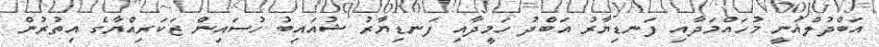
އަބްދުލްޣަނީ މުހައްމަދާއި ފަނޑިޔާރު އަބްދު ހަމީދާއި ފަނޑިޔާރު ޝުއައިބު ހުސައިން ޒަކަރިއްޔާގެ އިތުރުން